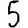
Digit: 5